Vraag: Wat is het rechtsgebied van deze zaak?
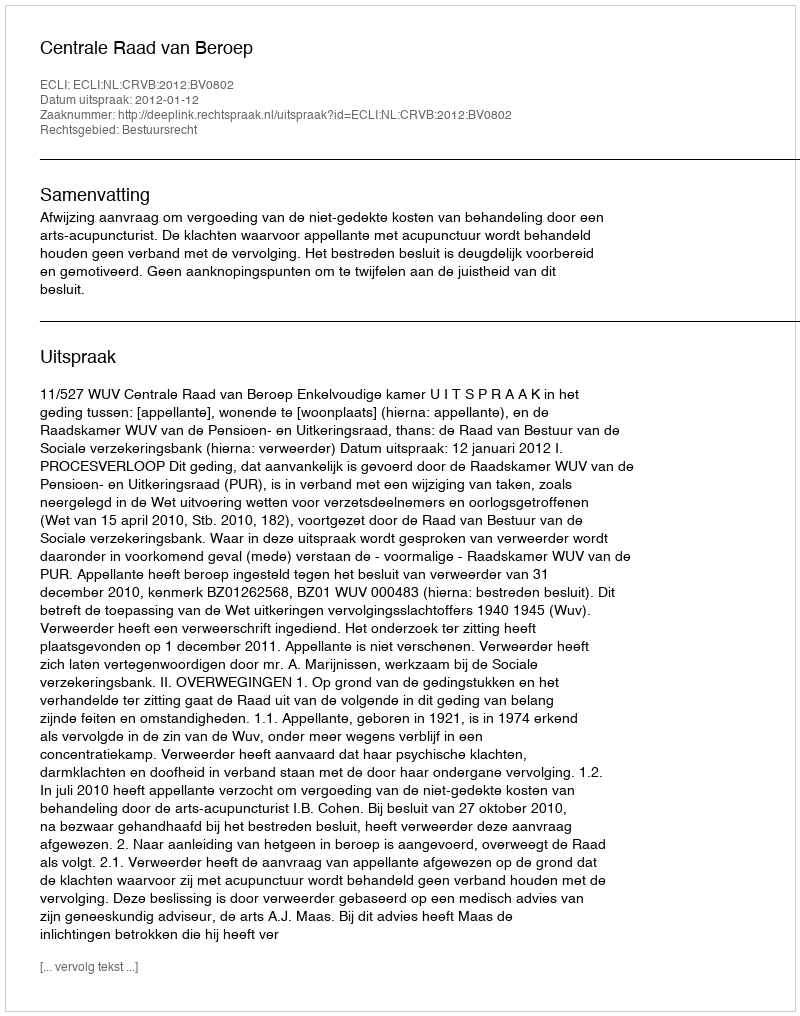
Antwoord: Bestuursrecht